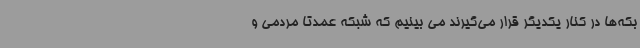
بکه‌ها در کنار یکدیگر قرار می‌گیرند می بینیم که شبکه عمدتا مردمی و